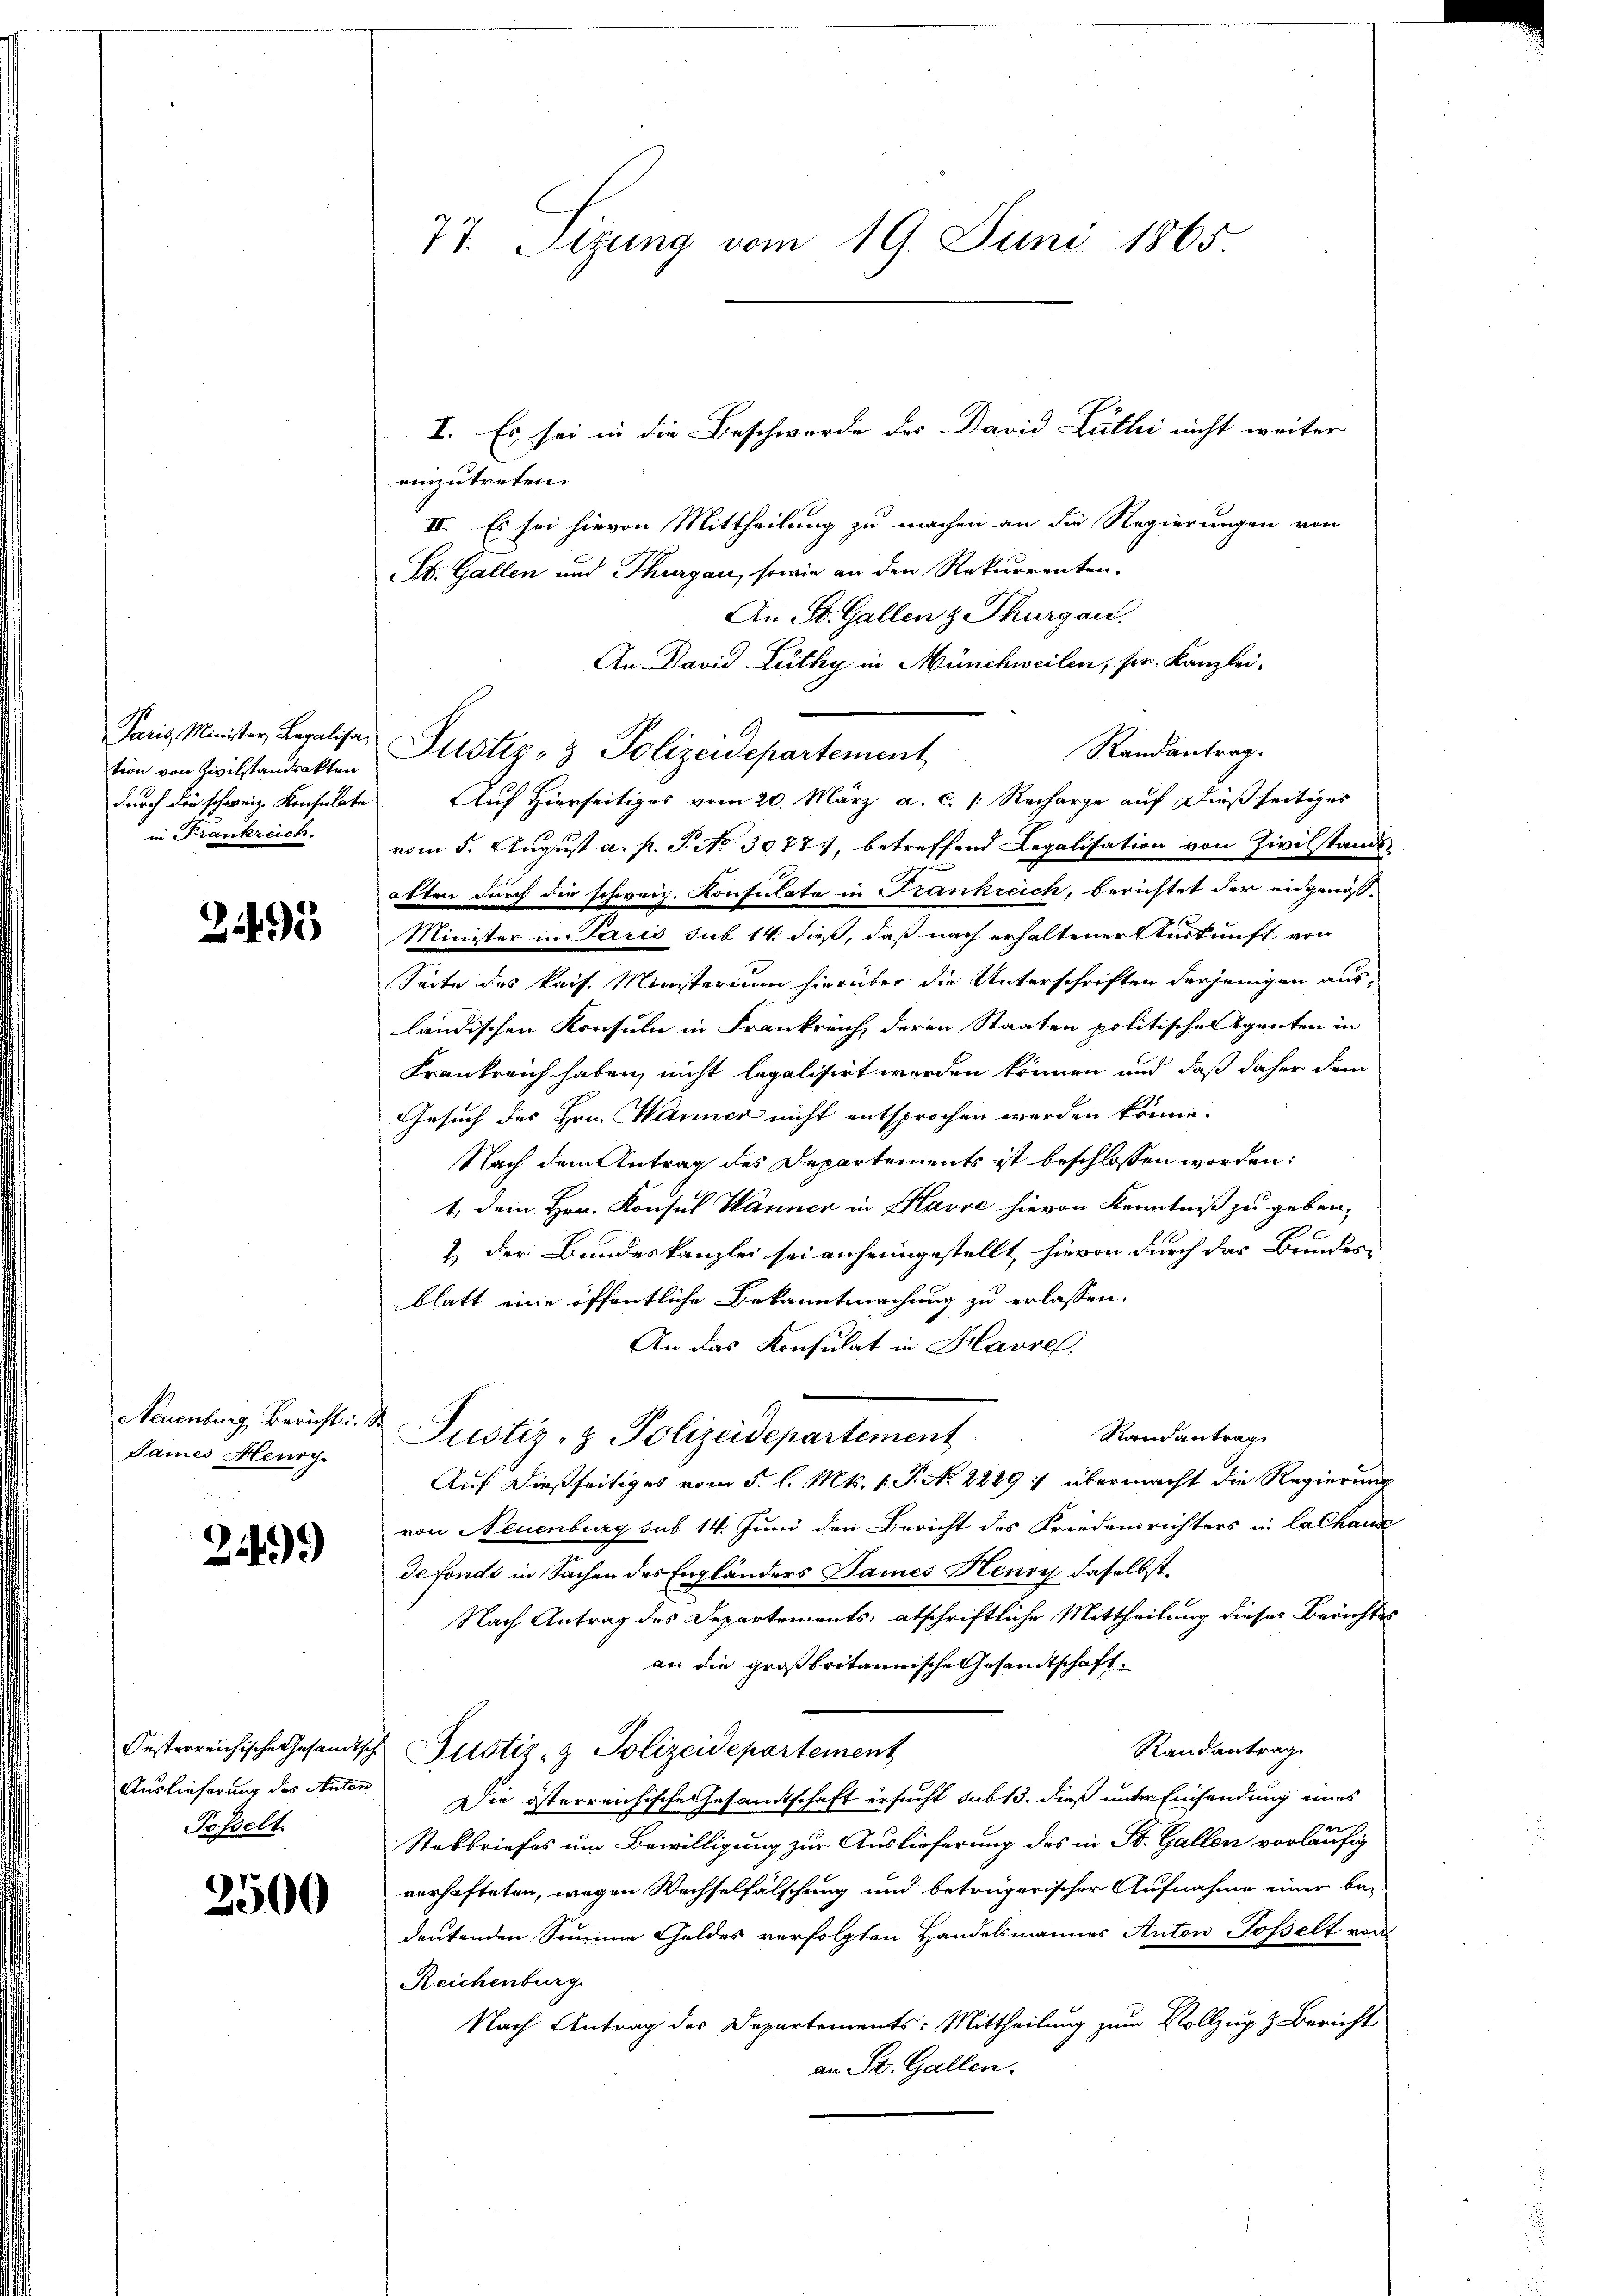
tion von Zivilstandsakten
in Trankreich.

295

James Henry.

24).

Posselt.

3500

I. Es sei in die Beschwerde des David Lulli nicht weiter
einzutreten.
II. Es sei hievon Mittheilung zu machen an die Regierungen von
St. Gallen und Thurgau, sowie an den Rekurrenten-
An St. Gallen z. Thurgau.
An David Lüthy in Münchweilen, ser. Kanzlei,
Paris Minister, Legalisa Justiz- & Polizeidepartement,
Randantrag.
durch die schweiz. Konsulate Auf Hierseitiges vom 20. März a. c. /: Recharge auf dießseitiges
vom 5. August a. p. T. No 3077, betreffend Legalisation von Zivilstand
atten durch die schweiz. Konsulate in Frankreich, berichtet der angenös-
Minister in Paris sub 14 dieß, daß nach erhaltener urkunft von
Seite des kais. Ministerium hierüber die Unterschriften derjenigen ausländischen Konsuln in Frankreich, deren Staaten politischen Agenten in
Frankreich haben, nicht legalisirt werden können und daß daher dem
Gesuch des Hrn. Wanner nicht entsprochen werden könne.
Nach dem Antrag des Departements ist beschlossen worden:
1, Dein Hrn. Konsul Wanner in Havre hievon Kenntniß zu geben,
2. Der Bundeskanzlei sei anheimgestellt, hievon durch das Bundes-
blatt eine öffentliche Bekanntmachung zu erlassen.
An das Konsulat in Havre,
Neuenburg, Bericht. Justiz- & Polizeidepartement
Rautantrag
Auf dießseitiges vom 5. l. Mts. 1. P. N. 2229 f übermacht die Regierung
von Neuenburg sub 14. Juni den Bericht des Friedensrichters in lalhaus
defonds in Sachen des Engländers Sames Henry daselbst.
Nach Antrag des Departements abschriftliche Mittheilung dieser Berichtes
an die großbritannische Gesandtschaft.
Randantrag
Oesterreichische Gesandtsche Justiz- & Polizeidepartement
Auslieferung des Anton Die österreichische Gesandtschaft ersucht sub 13. dieß unter Einsendung eines
Stakbriefes um Bewilligung zur Auslieferung des in St. Gallen vorläufig
verhafteten, wegen Wechselfälschung und betrügerischer Aufnahme einer be-
deutenden Sinnene Geldes verfolgten Handelsmannes Anton Posselt von
Reichenburg.
Nach Antrag des Departements: Mittheilung zum Vollzug & Bericht
an St. Gallen.

77. Sizung vom 19. Juni 1865.